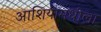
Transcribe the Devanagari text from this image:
आशियामधीला